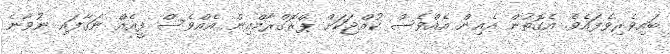
ބައިވެރިވެފައެވެ. އެގޮތުން އެއިން އެއްވެސް ކުއްޖަކަށް ޕްރޮގްރާމްއިން އެއްވެސް ފީއެއް ނަގާފައި ނުވާނެ